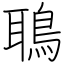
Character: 鵈